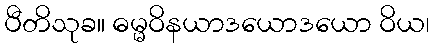
ပီတိသုခ။ ဓမ္မဝိနယာဒယောဒယော ဝိယ၊